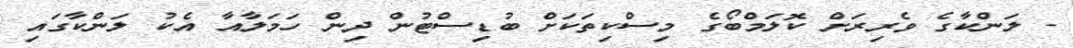
- ލަންކާގެ ވެރިރަށް ކޮލަމްބޯގެ މިސްކިތަކަށް ބުޑިސްޓުން ދިން ހަމަލާއާ އެކު ލަންކާގައި